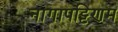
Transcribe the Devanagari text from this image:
नागापट्टिणम